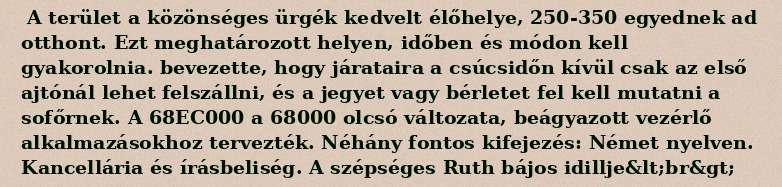
A terület a közönséges ürgék kedvelt élőhelye, 250-350 egyednek ad otthont. Ezt meghatározott helyen, időben és módon kell gyakorolnia. bevezette, hogy járataira a csúcsidőn kívül csak az első ajtónál lehet felszállni, és a jegyet vagy bérletet fel kell mutatni a sofőrnek. A 68EC000 a 68000 olcsó változata, beágyazott vezérlő alkalmazásokhoz tervezték. Néhány fontos kifejezés: Német nyelven. Kancellária és írásbeliség. A szépséges Ruth bájos idillje&lt;br&gt;